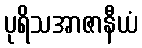
ပုရိသအာဇာနီယံ